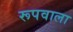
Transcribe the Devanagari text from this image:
रूपवाला